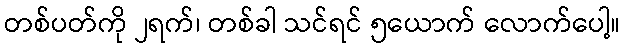
တစ်ပတ်ကို ၂ရက်၊ တစ်ခါ သင်ရင် ၅ယောက် လောက်ပေါ့။